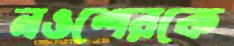
নওশেরকে